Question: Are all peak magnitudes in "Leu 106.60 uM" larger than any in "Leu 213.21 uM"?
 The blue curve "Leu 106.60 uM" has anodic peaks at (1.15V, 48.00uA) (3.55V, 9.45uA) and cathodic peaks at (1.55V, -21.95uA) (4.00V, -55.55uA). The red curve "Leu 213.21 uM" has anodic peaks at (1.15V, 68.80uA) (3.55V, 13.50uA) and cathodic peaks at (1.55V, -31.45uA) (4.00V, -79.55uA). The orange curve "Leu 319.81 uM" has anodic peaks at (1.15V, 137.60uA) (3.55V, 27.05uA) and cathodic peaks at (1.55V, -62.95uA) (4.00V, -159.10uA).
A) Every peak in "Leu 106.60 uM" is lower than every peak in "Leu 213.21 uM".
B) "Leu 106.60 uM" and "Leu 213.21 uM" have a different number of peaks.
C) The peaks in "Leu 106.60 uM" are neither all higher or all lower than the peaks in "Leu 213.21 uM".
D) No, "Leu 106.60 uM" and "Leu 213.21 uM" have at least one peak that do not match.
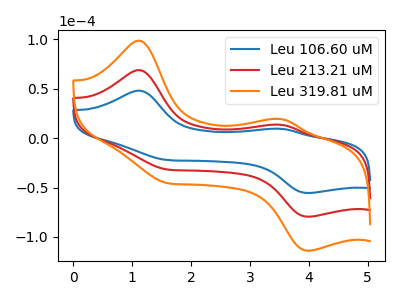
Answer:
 <answer>A) Every peak in "Leu 106.60 uM" is lower than every peak in "Leu 213.21 uM".</answer>
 <eval>A</eval>